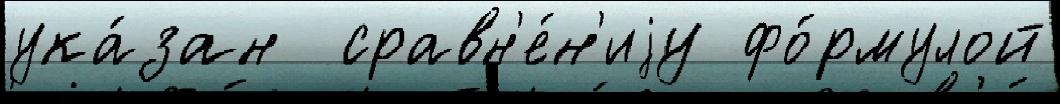
ука́зан  сравн'е́н'иjу фо́рмулой